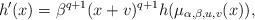
LaTeX: \begin{align*}h'(x) = \beta^{q+1}(x + v)^{q+1}h(\mu_{\alpha,\beta,u,v}(x)),\end{align*}